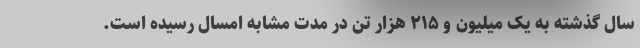
سال گذشته به یک میلیون و ۲۱۵ هزار تن در مدت مشابه امسال رسیده است.